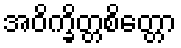
အဝိက္ခိတ္တစိတ္တော